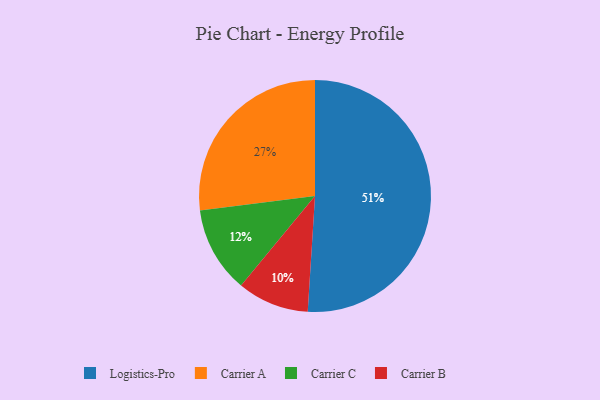
{"axis": {"x": "Category", "y": "Percentage"}, "legend": ["Carrier A", "Carrier B", "Carrier C", "Logistics-Pro"], "data": [{"x": "Carrier B", "y": 10, "type": "Carrier B"}, {"x": "Logistics-Pro", "y": 51, "type": "Logistics-Pro"}, {"x": "Carrier A", "y": 27, "type": "Carrier A"}, {"x": "Carrier C", "y": 12, "type": "Carrier C"}]}